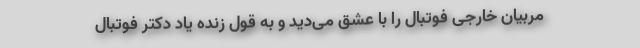
مربیان خارجی فوتبال را با عشق می‌دید و به قول زنده یاد دکتر فوتبال